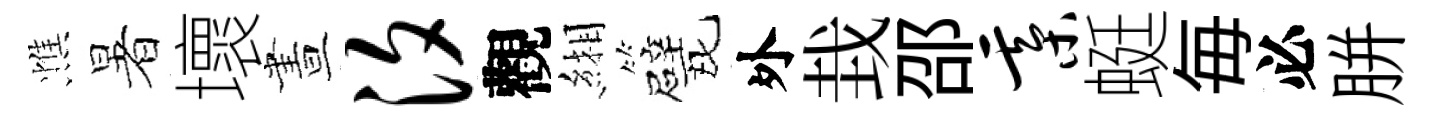
憔暑壞晝汐觀緗甓外㘽邵綦蜓毎必胼